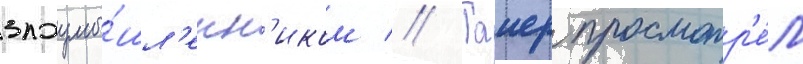
злоумы́шл'енн'иком // Таиер просмотр'е́л